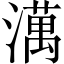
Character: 澫